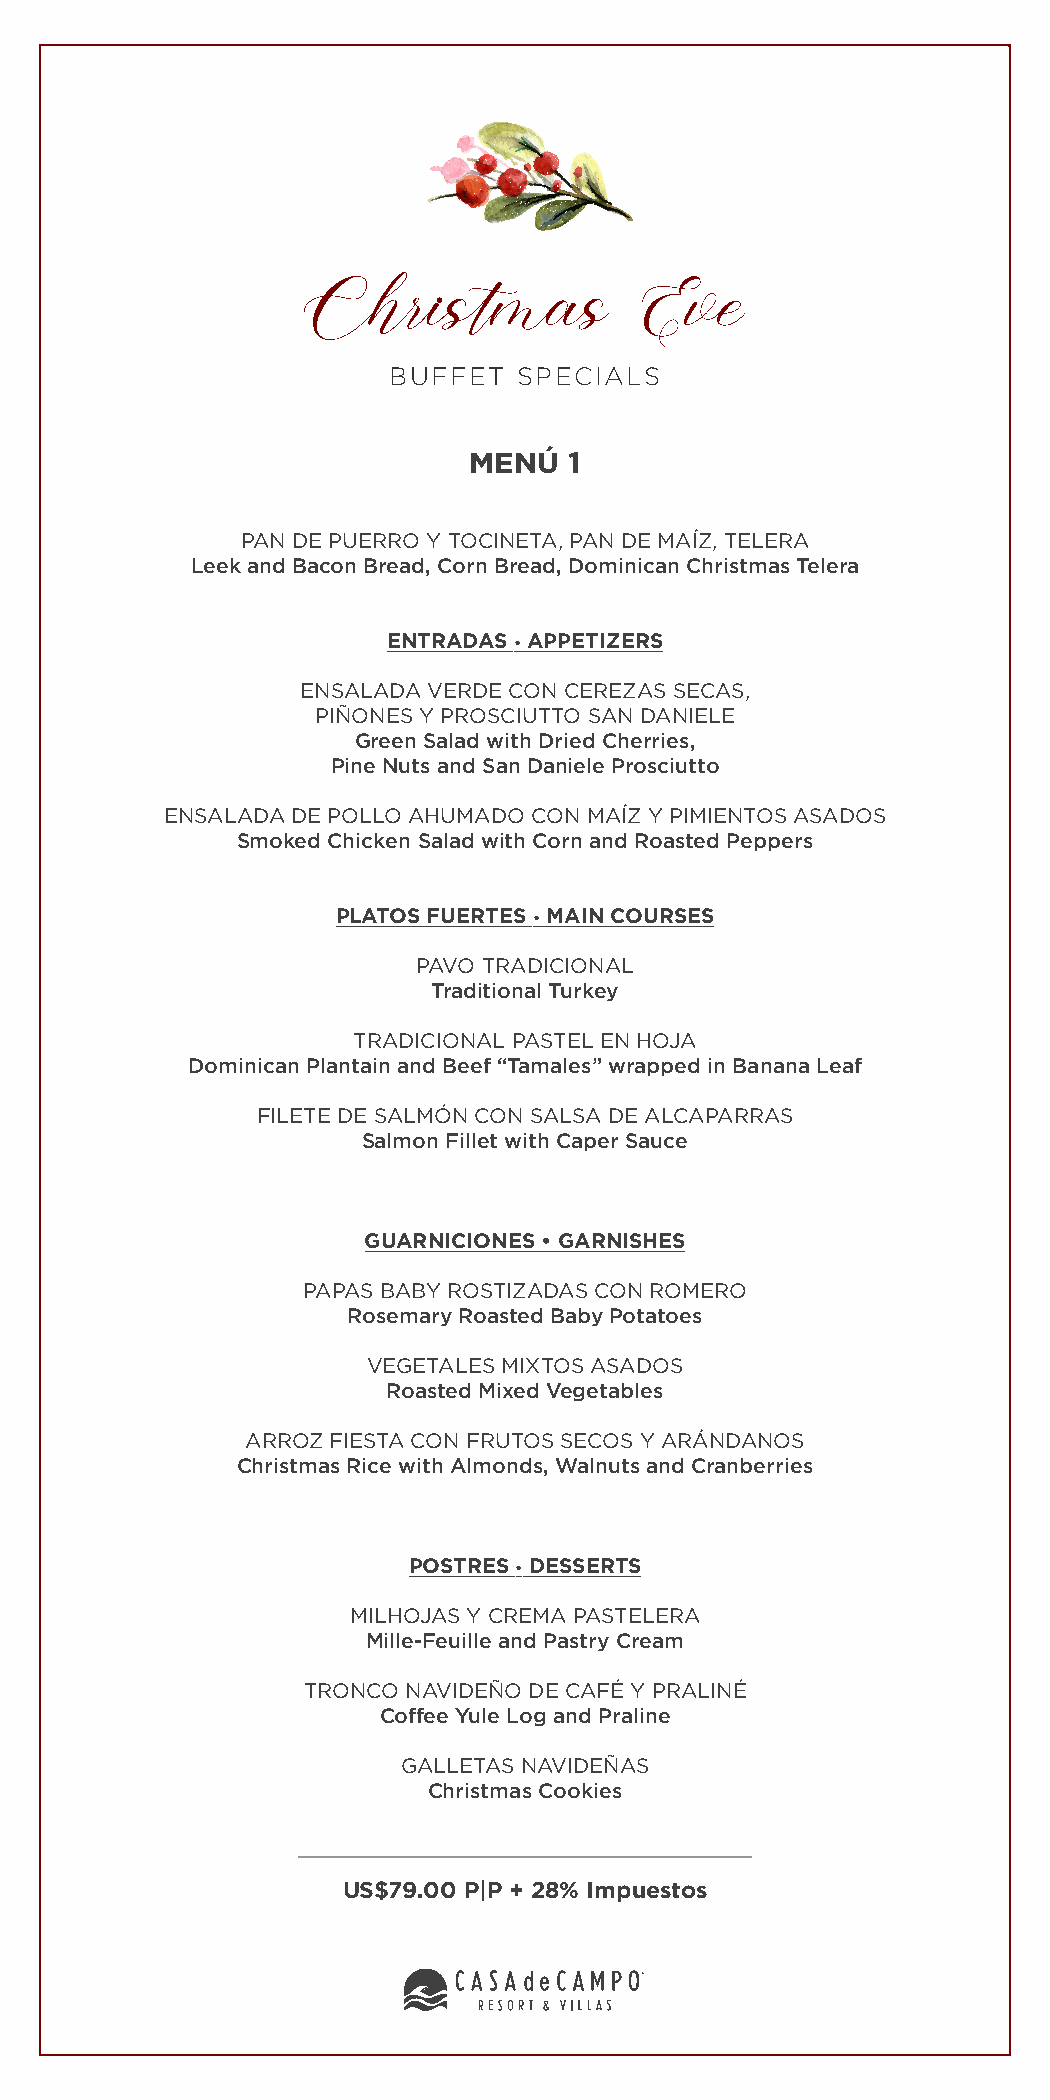
Christmas              Eve
 BUFFET  SPECIALS
 MENÚ   1
 PAN DE PUERRO Y TOCINETA, PAN DE MAÍZ, TELERA
 Leek and Bacon Bread, Corn Bread, Dominican Christmas Telera
 ENTRADAS • APPETIZERS
 ENSALADA VERDE CON CEREZAS SECAS,
 PIÑONES Y PROSCIUTTO SAN DANIELE
 Green Salad with Dried Cherries,
 Pine Nuts and San Daniele Prosciutto
 ENSALADA DE POLLO AHUMADO CON MAÍZ Y PIMIENTOS ASADOS
 Smoked Chicken Salad with Corn and Roasted Peppers
 PLATOS FUERTES • MAIN COURSES
 PAVO TRADICIONAL
 Traditional Turkey
 TRADICIONAL PASTEL EN HOJA
 Dominican Plantain and Beef “Tamales” wrapped in Banana Leaf
 FILETE DE SALMÓN CON SALSA DE ALCAPARRAS
 Salmon Fillet with Caper Sauce
 GUARNICIONES • GARNISHES
 PAPAS BABY ROSTIZADAS CON ROMERO
 Rosemary Roasted Baby Potatoes
 VEGETALES MIXTOS ASADOS
 Roasted Mixed Vegetables
 ARROZ FIESTA CON FRUTOS SECOS Y ARÁNDANOS
 Christmas Rice with Almonds, Walnuts and Cranberries
 POSTRES • DESSERTS
 MILHOJAS Y CREMA PASTELERA
 Mille-Feuille and Pastry Cream
 TRONCO NAVIDEÑO DE CAFÉ Y PRALINÉ
 Coffee Yule Log and Praline
 GALLETAS NAVIDEÑAS
 Christmas Cookies
 US$79.00 P|P + 28% Impuestos